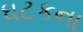
ધટકના